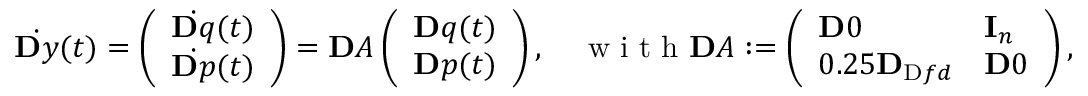
\dot { \ensuremath Ḋ \mathbf Ḋ y Ḍ Ḍ } ( t ) = \left( \begin{array} { l } { \dot { \ensuremath Ḋ \mathbf Ḋ q Ḍ Ḍ } ( t ) } \\ { \dot { \ensuremath Ḋ \mathbf Ḋ p Ḍ Ḍ } ( t ) } \end{array} \right) = \ensuremath { \mathbf Ḋ A Ḍ } \left( \begin{array} { l } { \ensuremath { \mathbf Ḋ q Ḍ } ( t ) } \\ { \ensuremath { \mathbf Ḋ p Ḍ } ( t ) } \end{array} \right) , \quad \mathrm { ~ w ~ i ~ t ~ h ~ } \ensuremath { \mathbf Ḋ A Ḍ } : = \left( \begin{array} { l l } { \ensuremath { \mathbf Ḋ 0 Ḍ } } & { \mathbf I _ { n } } \\ { 0 . 2 5 \mathbf { D } _ { \mathrm { Ḋ } f d Ḍ } } & { \ensuremath { \mathbf Ḋ 0 Ḍ } } \end{array} \right) ,